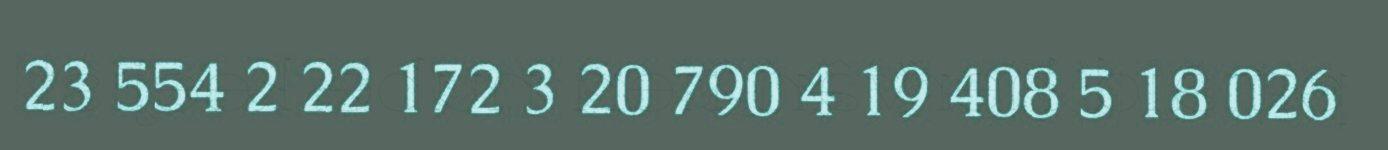
23 554 2 22 172 3 20 790 4 19 408 5 18 026